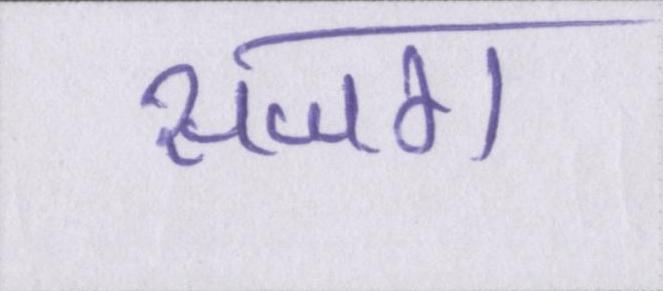
सजग